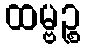
ထမ္ဗဉ္စ